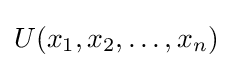
U(x_{1},x_{2},\dots ,x_{n})